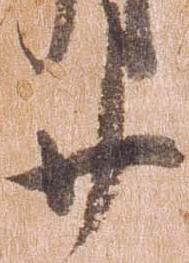
廿